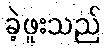
ခဲ့ဖူးသည်